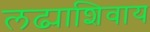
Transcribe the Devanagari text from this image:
लढ्याशिवाय